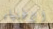
الاغنياء